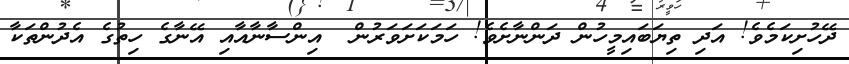
ދޭހުށިކަމެވެ! އަދި ތިޔަބައިމީހުން ދަންނާށެވެ! ހަމަކަށަވަރުން  އިންސާނާއާއި އޭނާގެ ހިތުގެ އެދުންތަކާ